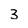
Character: 3